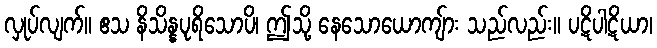
လှုပ်လျက်။ ဧသ နိသိန္နပုရိသောပိ၊ ဤသို့ နေသောယောကျ်ား သည်လည်း။ ပဋိပါဋိယာ၊